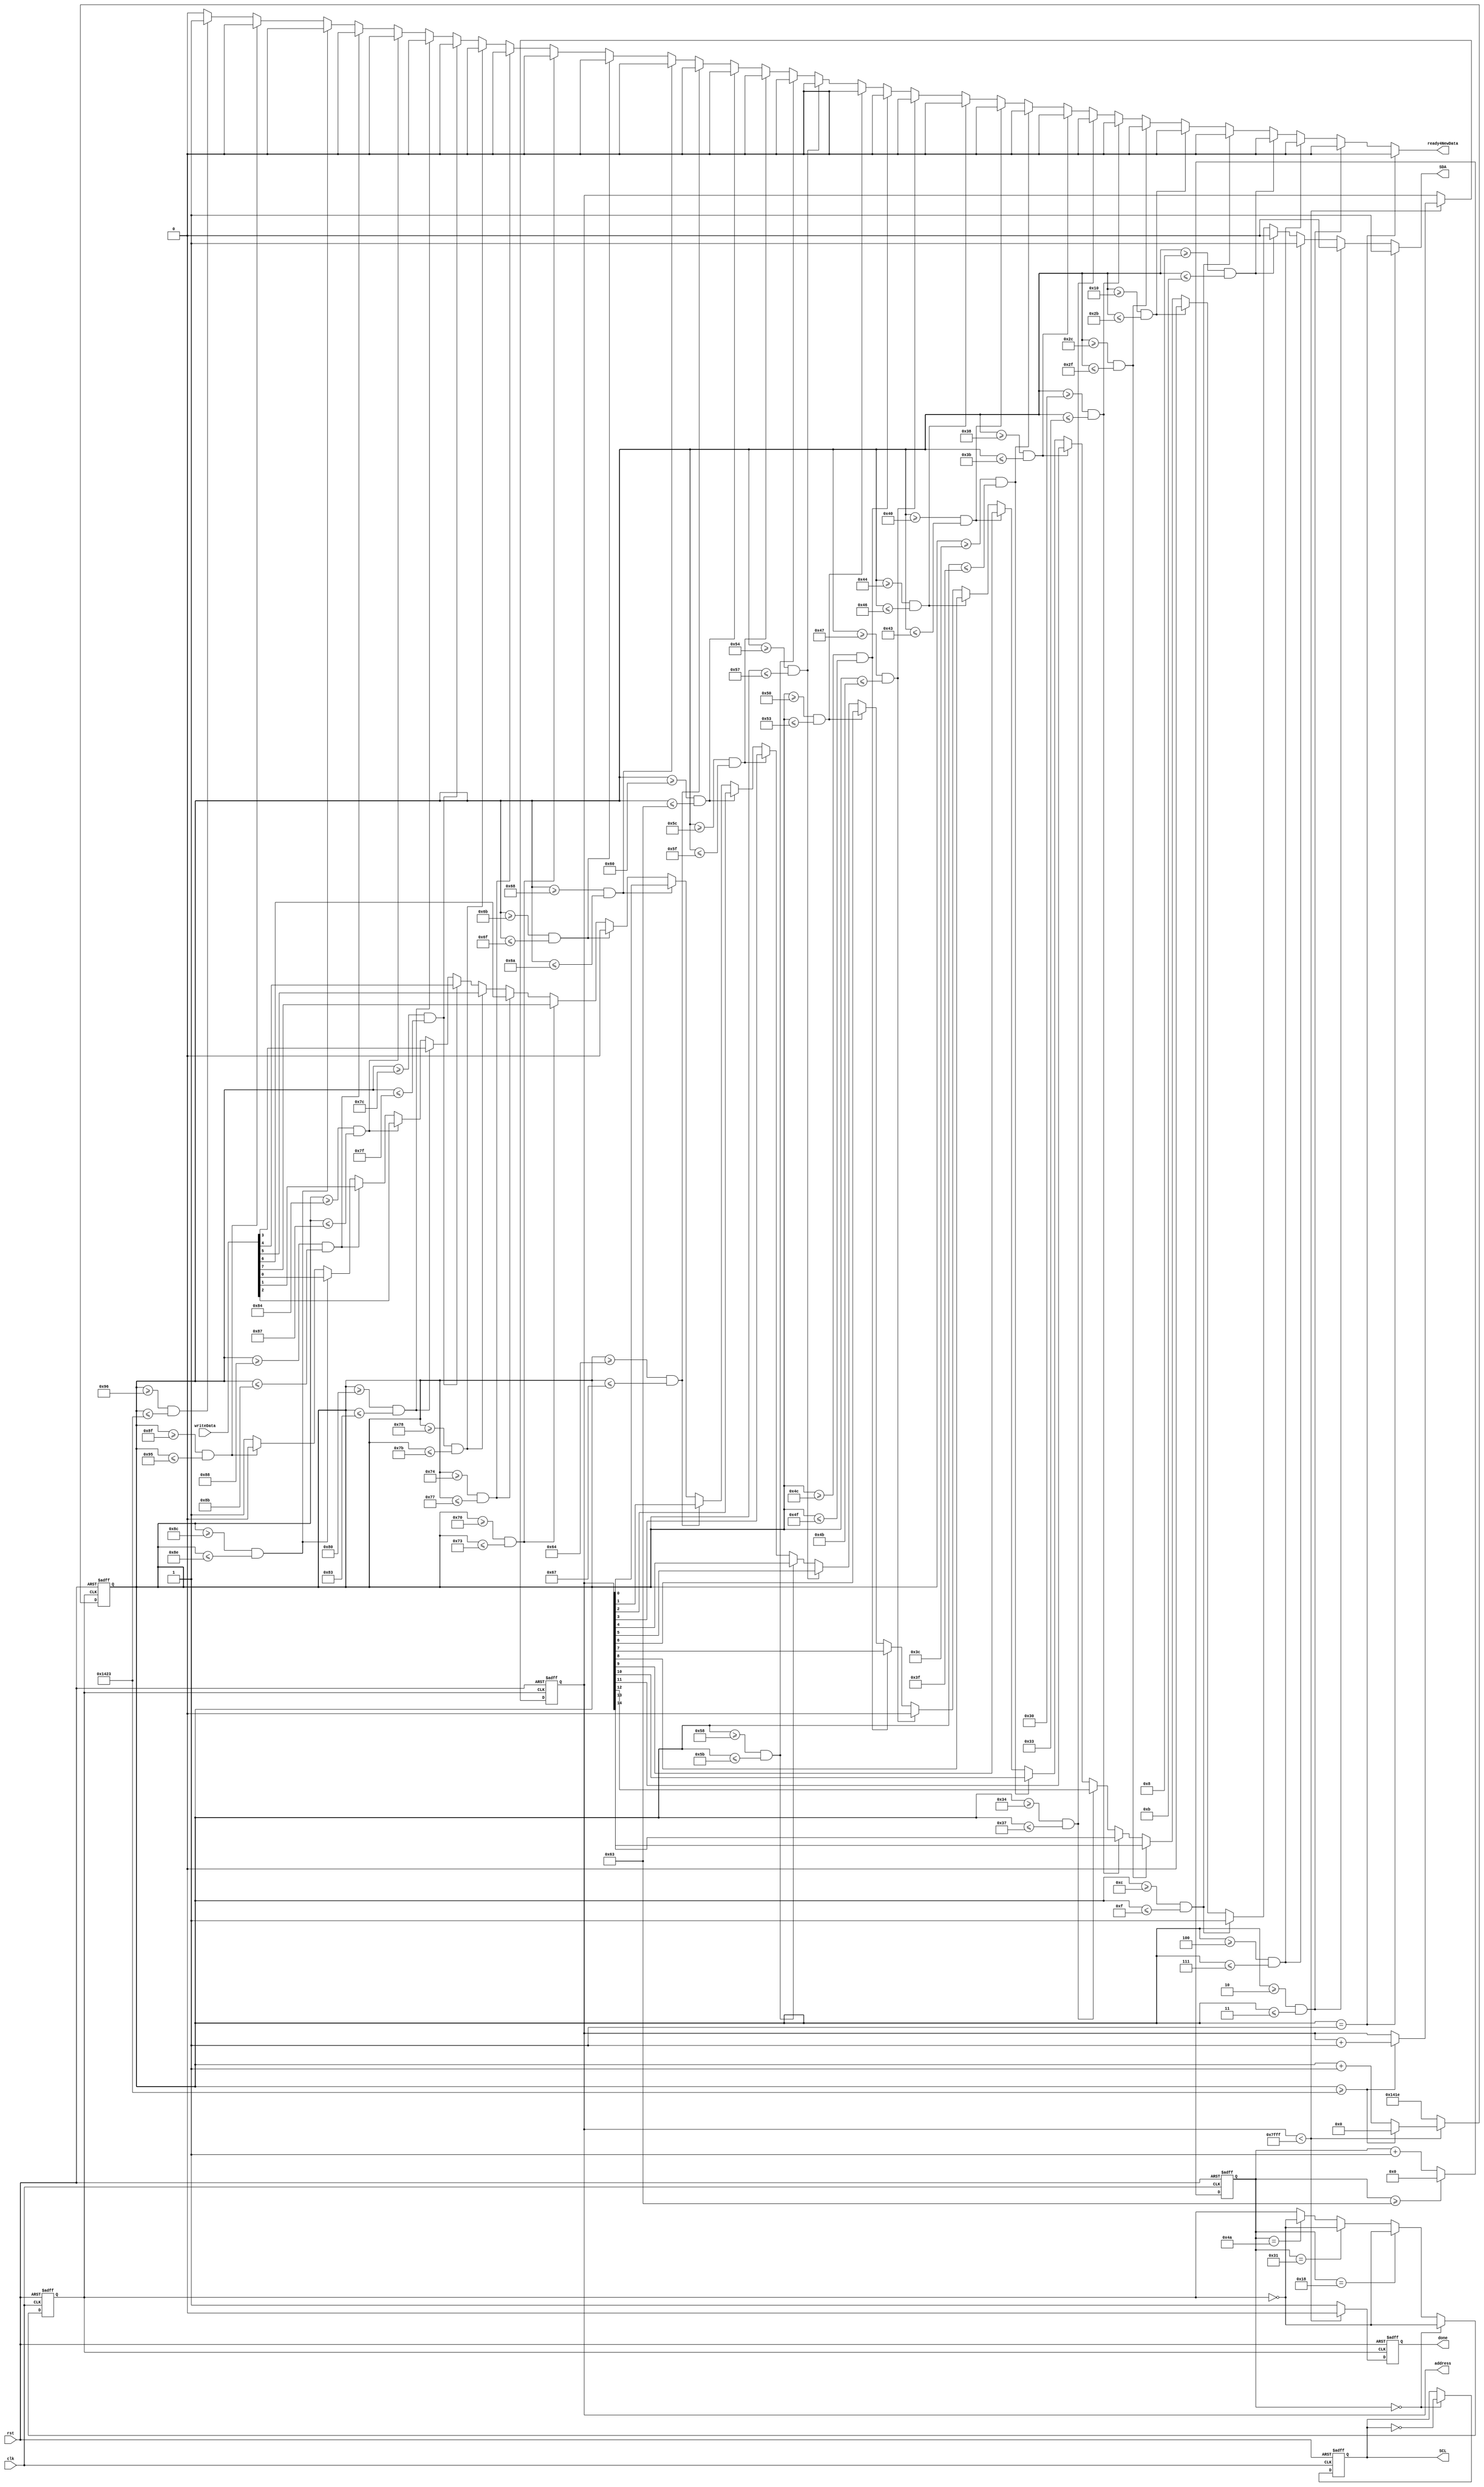
module EEPROM(clk, rst, SDA, SCL, writeData, ready4NewData, done, address);
	input rst;
	input clk;
	output reg SCL;
	reg SCLx4;
	output reg SDA;
	output reg ready4NewData;
	output reg done;
	
	
	reg [12:0] count;
	output reg [14:0] address;
	input [7:0] writeData;
	
	// clock generation
	reg [25:0] countSCL; 
	always @ (posedge clk or negedge rst)
	begin
		if (rst == 1'b0)
		begin
			countSCL <= 26'd0;
			SCLx4 <= 1'b0;
			SCL <= 1'b0;
		end
		else
		begin
			// clock currently running at 250kHz
			if (countSCL >= 26'd99) //8'd2499 for 10kHz clk
				countSCL <= 26'd0;
			else
				countSCL <= countSCL + 26'd1;
				
			if (countSCL == 26'd0)
			begin
				SCLx4 <= ~SCLx4;
				SCL <= ~SCL;
			end
			else if (countSCL == 26'd24) //8'd624
				SCLx4 <= ~SCLx4;
			else if (countSCL == 26'd49) //8'd1249
				SCLx4 <= ~SCLx4;
			else if (countSCL == 26'd74) //8'd1874
				SCLx4 <= ~SCLx4;
		end
	end
	
	always @ (posedge SCLx4 or negedge rst)
	begin
		if (rst == 1'b0)
		begin
			count <= 13'd0;
			address <= 15'd0;
			done <= 1'b0;
		end
		else
		begin
			if (address < 15'd32767)
			begin
				done <= 1'b0;
			
				if (count >= 5155) //Change this if you change the SDL clock, otherwise delay isnt 5ms
				begin
					count <= 13'd0;
					address <= address + 15'd1;
				end
				else
				begin
					count <= count + 13'd1;
					address <= address;
				end
			end
			else
			begin
				done <= 1'b1;
				count <= 13'd5150;
				address <= address;
			end
		end
	end
	
	always @ (*)
	begin
		if (count == 13'd1)
		begin
			SDA = 1'b1;
			ready4NewData = 1'b0;
		end
		else if (count >= 13'd2 && count <= 13'd3)
		begin
			SDA = 1'b0;
			ready4NewData = 1'b0;
		end
		else if (count >= 13'd4 && count <= 13'd7)
		begin
			SDA = 1'b1;
			ready4NewData = 1'b0;
		end
		else if (count >= 13'd8 && count <= 13'd11)
		begin	
			SDA = 1'b0;
			ready4NewData = 1'b0;
		end
		else if (count >= 13'd12 && count <= 13'd15)
		begin	
			SDA = 1'b1;
			ready4NewData = 1'b0;
		end
		else if (count >= 13'd16 && count <= 13'd43) // long boi
		begin	
			SDA = 1'b0;
			ready4NewData = 1'b0;
		end
		else if (count >= 13'd44 && count <= 13'd47)
		begin	
			SDA = address[14];
			ready4NewData = 1'b0;
		end
		else if (count >= 13'd48 && count <= 13'd51)
		begin	
			SDA = address[13];
			ready4NewData = 1'b0;
		end
		else if (count >= 13'd52 && count <= 13'd55)
		begin	
			SDA = address[12];
			ready4NewData = 1'b0;
		end
		else if (count >= 13'd56 && count <= 13'd59)
		begin	
			SDA = address[11];
			ready4NewData = 1'b0;
		end
		else if (count >= 13'd60 && count <= 13'd63)
		begin	
			SDA = address[10];
			ready4NewData = 1'b0;
		end
		else if (count >= 13'd64 && count <= 13'd67)
		begin	
			SDA = address[9];
			ready4NewData = 1'b0;
		end
		else if (count >= 13'd68 && count <= 13'd70)
		begin	
			SDA = address[8];
			ready4NewData = 1'b0;
		end
		else if (count >= 13'd71 && count <= 13'd75) // ack1
		begin	
			SDA = 1'b0;
			ready4NewData = 1'b0;
		end
		else if (count >= 13'd76 && count <= 13'd79)
		begin	
			SDA = address[7];
			ready4NewData = 1'b0;
		end
		else if (count >= 13'd80 && count <= 13'd83)
		begin	
			SDA = address[6];
			ready4NewData = 1'b0;
		end
		else if (count >= 13'd84 && count <= 13'd87)
		begin	
			SDA = address[5];
			ready4NewData = 1'b0;
		end
		else if (count >= 13'd88 && count <= 13'd91)
		begin	
			SDA = address[4];
			ready4NewData = 1'b0;
		end
		else if (count >= 13'd92 && count <= 13'd95)
		begin	
			SDA = address[3];
			ready4NewData = 1'b0;
		end
		else if (count >= 13'd96 && count <= 13'd99)
		begin	
			SDA = address[2];
			ready4NewData = 1'b0;
		end
		else if (count >= 13'd100 && count <= 13'd103)
		begin	
			SDA = address[1];
			ready4NewData = 1'b0;
		end
		else if (count >= 13'd104 && count <= 13'd106)
		begin	
			SDA = address[0];
			ready4NewData = 1'b0;
		end
		else if (count >= 13'd107 && count <= 13'd111) // ack2
		begin	
			SDA = 1'b0;
			ready4NewData = 1'b0;
		end
		else if (count >= 13'd112 && count <= 13'd115)
		begin	
			SDA = writeData[7];
			ready4NewData = 1'b0;
		end
		else if (count >= 13'd116 && count <= 13'd119)
		begin	
			SDA = writeData[6];
			ready4NewData = 1'b0;
		end
		else if (count >= 13'd120 && count <= 13'd123)
		begin	
			SDA = writeData[5];
			ready4NewData = 1'b0;
		end
		else if (count >= 13'd124 && count <= 13'd127)
		begin	
			SDA = writeData[4];
			ready4NewData = 1'b0;
		end
		else if (count >= 13'd128 && count <= 13'd131)
		begin	
			SDA = writeData[3];
			ready4NewData = 1'b0;
		end
		else if (count >= 13'd132 && count <= 13'd135)
		begin	
			SDA = writeData[2];
			ready4NewData = 1'b0;
		end
		else if (count >= 13'd136 && count <= 13'd139)
		begin	
			SDA = writeData[1];
			ready4NewData = 1'b0;
		end
		else if (count >= 13'd140 && count <= 13'd142)
		begin	
			SDA = writeData[0];
			ready4NewData = 1'b0;
		end
		else if (count >= 13'd143 && count <= 13'd149) // ack3
		begin	
			SDA = 1'b0;
			ready4NewData = 1'b0;
		end
		else if (count >= 13'd150 && count <= 13'd5155)
		begin	
			SDA = 1'b1;
			ready4NewData = 1'b1;
		end
		else
		begin
			SDA = 1'b1;
			ready4NewData = 1'b0;
		end
	end
endmodule